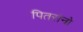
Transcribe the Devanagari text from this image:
पितरांनो